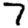
Digit: 7